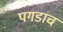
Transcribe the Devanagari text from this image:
पगडाच